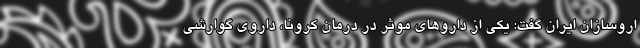
اروسازان ایران گفت: یکی از داروهای موثر در درمان کرونا، داروی گوارشی